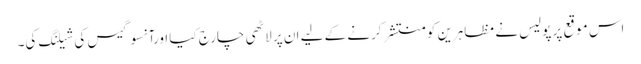
اس موقع پر پولیس نے مظاہرین کو منتشر کرنے کے لیے ان پر لاٹھی چارج کیا اورآنسو گیس کی شیلنگ کی۔